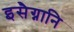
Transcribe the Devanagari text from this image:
इसैग्नानि